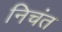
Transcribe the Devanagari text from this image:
निचंत